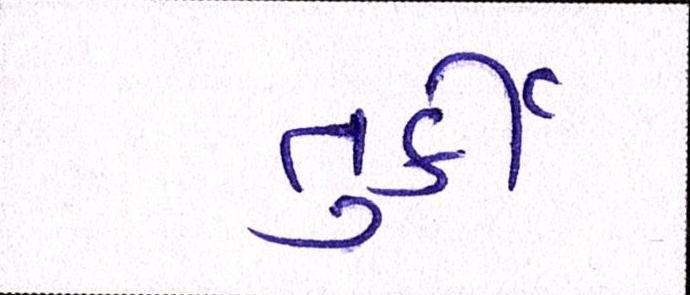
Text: તુર્કી